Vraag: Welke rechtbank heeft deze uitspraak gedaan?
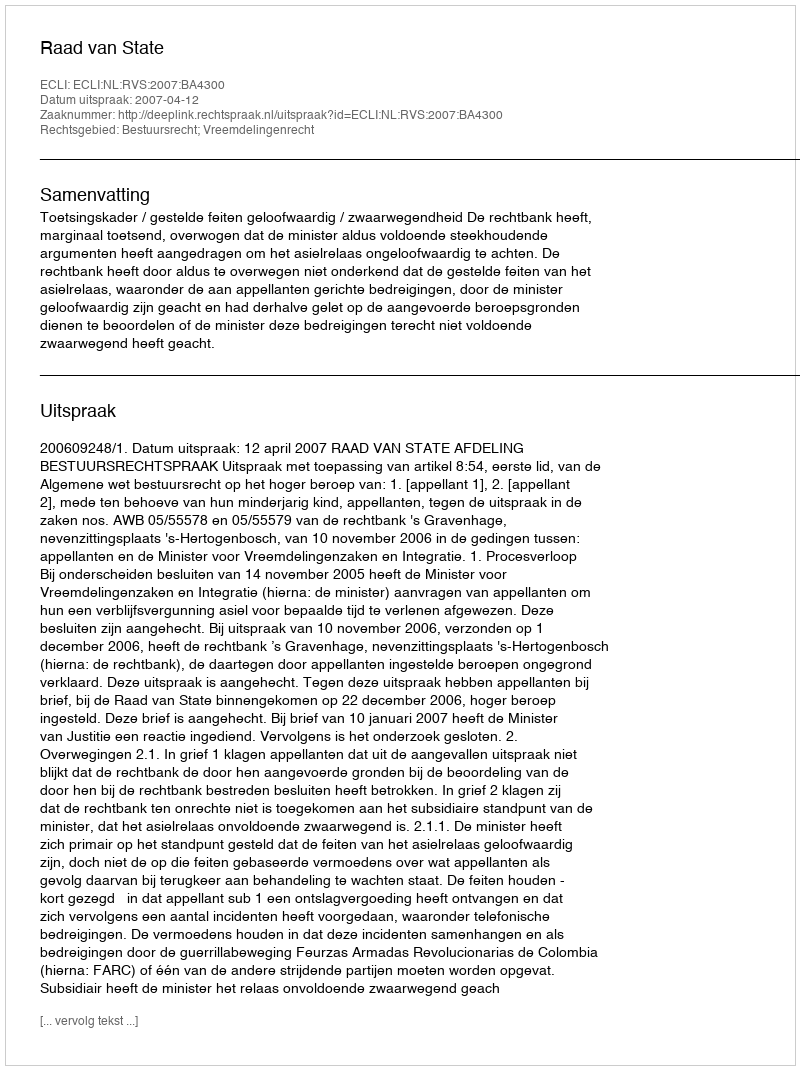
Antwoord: Raad van State